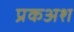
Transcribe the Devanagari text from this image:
प्रकअश